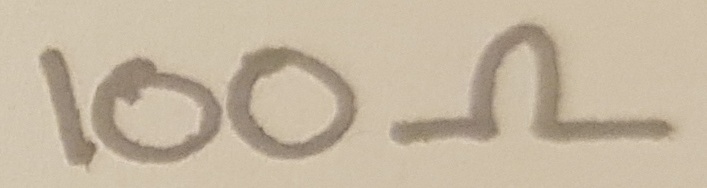
Text: 100Ω